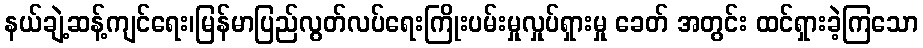
နယ်ချဲ့ဆန့်ကျင်ရေး၊မြန်မာပြည်လွတ်လပ်ရေးကြိုးပမ်းမှုလှုပ်ရှားမှု ခေတ် အတွင်း ထင်ရှားခဲ့ကြသော